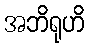
အဘိရုဟိ